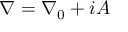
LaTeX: \nabla = \nabla _ { 0 } + i A